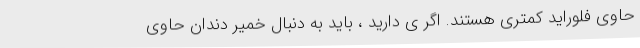
حاوی فلوراید کمتری هستند. اگر ی دارید ، باید به دنبال خمیر دندان حاوی